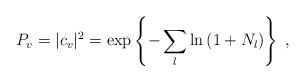
\begin{align*}P_v=|c_v|^2 =\exp\left\{- \sum_{l}\ln\left(1+ N_{l}\right) \right\}\;,\end{align*}